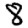
Digit: 8